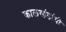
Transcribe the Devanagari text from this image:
कालखंडांची